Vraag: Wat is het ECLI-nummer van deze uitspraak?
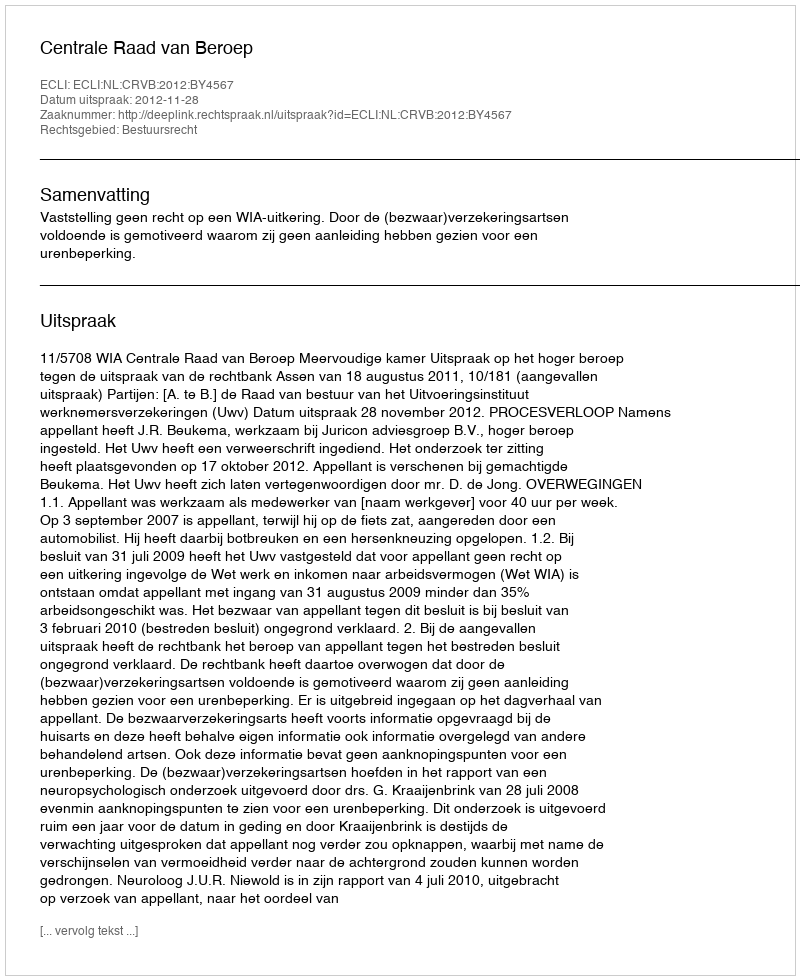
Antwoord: ECLI:NL:CRVB:2012:BY4567